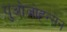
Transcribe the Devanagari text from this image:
गुओजोह्न्सेन